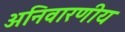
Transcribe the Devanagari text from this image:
अनिवारणीय